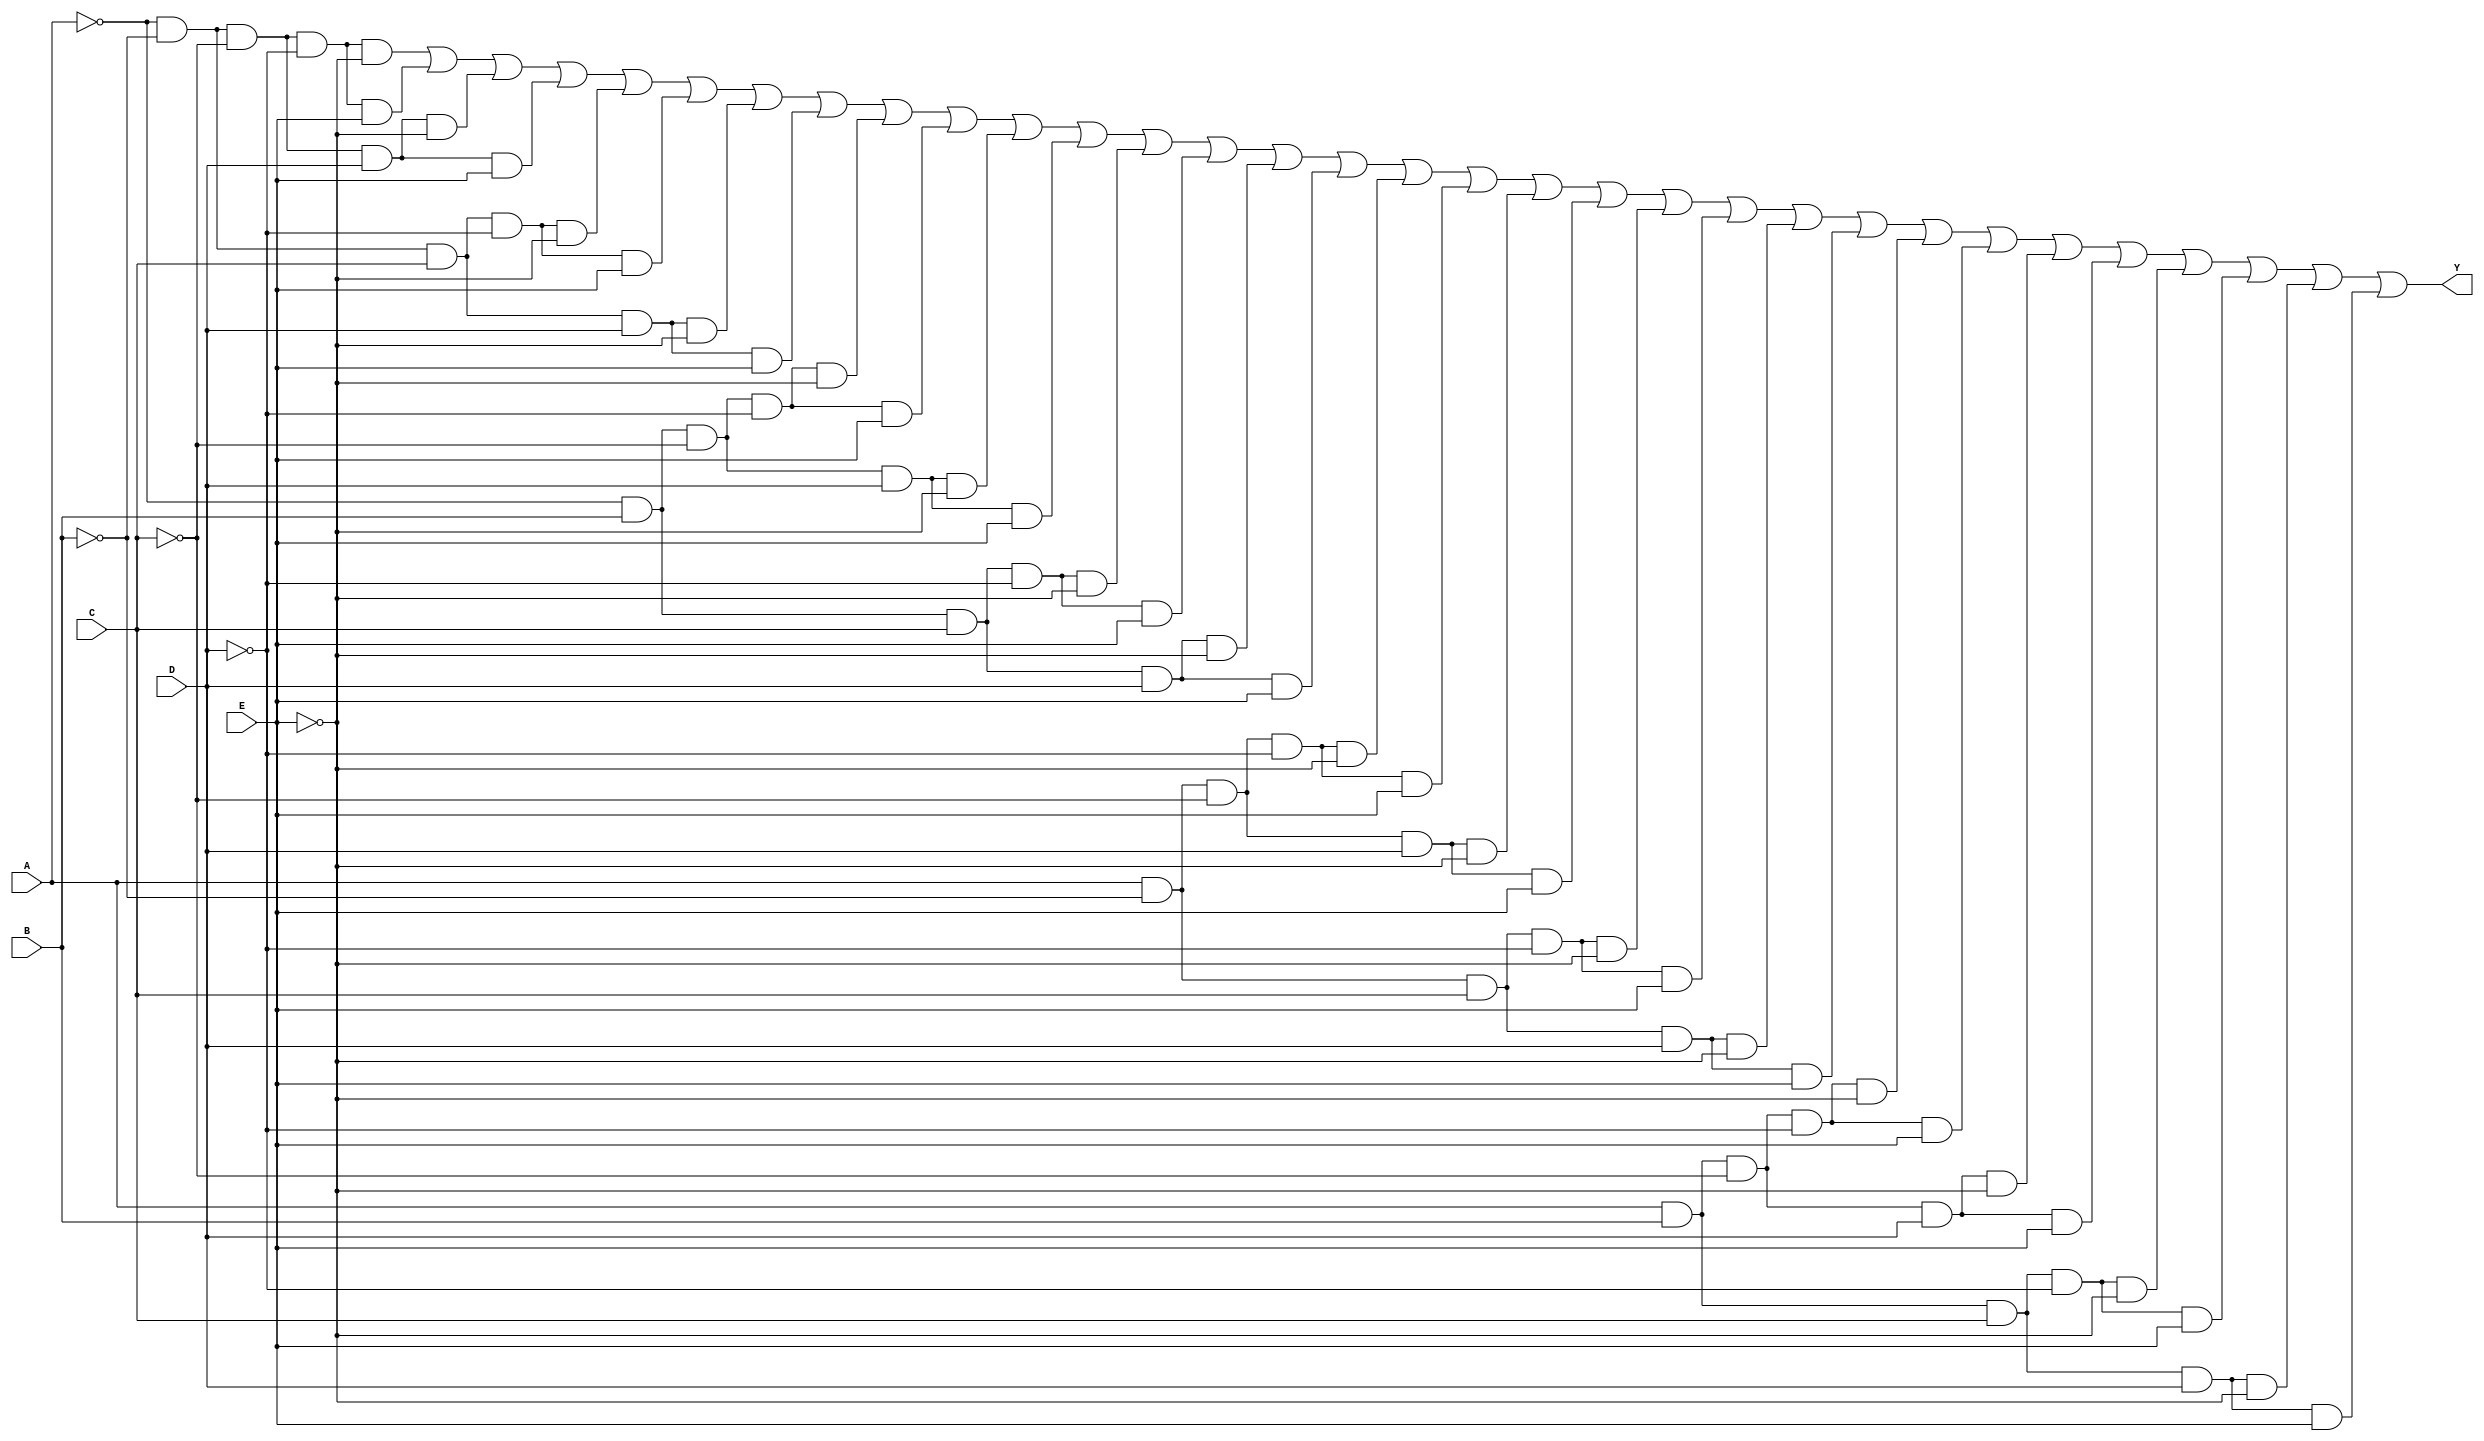
module five_variable_kmap (
    input wire A,  // Variable A
    input wire B,  // Variable B
    input wire C,  // Variable C
    input wire D,  // Variable D
    input wire E,  // Variable E
    output wire Y  // Output Y
);

// Internal wire for the minterm evaluation
wire m[31:0];

// Assigning each minterm based on the combination of inputs
assign m[0] = ~A & ~B & ~C & ~D & ~E;  // m0
assign m[1] = ~A & ~B & ~C & ~D &  E;  // m1
assign m[2] = ~A & ~B & ~C &  D & ~E;  // m2
assign m[3] = ~A & ~B & ~C &  D &  E;  // m3
assign m[4] = ~A & ~B &  C & ~D & ~E;  // m4
assign m[5] = ~A & ~B &  C & ~D &  E;  // m5
assign m[6] = ~A & ~B &  C &  D & ~E;  // m6
assign m[7] = ~A & ~B &  C &  D &  E;  // m7
assign m[8] = ~A &  B & ~C & ~D & ~E;  // m8
assign m[9] = ~A &  B & ~C & ~D &  E;  // m9
assign m[10] = ~A &  B & ~C &  D & ~E; // m10
assign m[11] = ~A &  B & ~C &  D &  E; // m11
assign m[12] = ~A &  B &  C & ~D & ~E; // m12
assign m[13] = ~A &  B &  C & ~D &  E; // m13
assign m[14] = ~A &  B &  C &  D & ~E; // m14
assign m[15] = ~A &  B &  C &  D &  E; // m15
assign m[16] =  A & ~B & ~C & ~D & ~E; // m16
assign m[17] =  A & ~B & ~C & ~D &  E; // m17
assign m[18] =  A & ~B & ~C &  D & ~E; // m18
assign m[19] =  A & ~B & ~C &  D &  E; // m19
assign m[20] =  A & ~B &  C & ~D & ~E; // m20
assign m[21] =  A & ~B &  C & ~D &  E; // m21
assign m[22] =  A & ~B &  C &  D & ~E; // m22
assign m[23] =  A & ~B &  C &  D &  E; // m23
assign m[24] =  A &  B & ~C & ~D & ~E; // m24
assign m[25] =  A &  B & ~C & ~D &  E; // m25
assign m[26] =  A &  B & ~C &  D & ~E; // m26
assign m[27] =  A &  B & ~C &  D &  E; // m27
assign m[28] =  A &  B &  C & ~D & ~E; // m28
assign m[29] =  A &  B &  C & ~D &  E; // m29
assign m[30] =  A &  B &  C &  D & ~E; // m30
assign m[31] =  A &  B &  C &  D &  E; // m31

// Output Y: OR all the minterms corresponding to the K-map
assign Y = m[0] | m[1] | m[2] | m[3] | m[4] | m[5] | m[6] | m[7] |
           m[8] | m[9] | m[10] | m[11] | m[12] | m[13] | m[14] | m[15] |
           m[16] | m[17] | m[18] | m[19] | m[20] | m[21] | m[22] | m[23] |
           m[24] | m[25] | m[26] | m[27] | m[28] | m[29] | m[30] | m[31];

endmodule